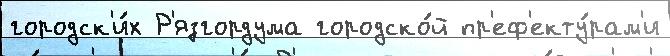
городск'и́х Р'язгордума городско́й пр'еф'екту́рам'и